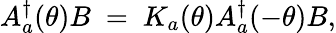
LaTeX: A_{a}^{\dagger}(\theta)B~=~K_{a}(\theta)A_{a}^{\dagger}(-\theta)B,